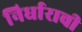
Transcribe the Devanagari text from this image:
निर्धाराची